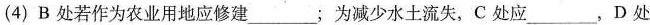
(4)B处若作为农业用地应修建___；为减少水土流失，C处应___，D处